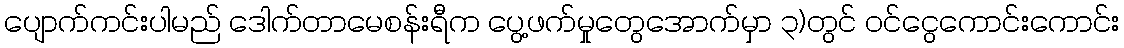
ပျောက်ကင်းပါမည် ဒေါက်တာမေစန်းရီက ပွေ့ဖက်မှုတွေအောက်မှာ ၃)တွင် ဝင်ငွေကောင်းကောင်း